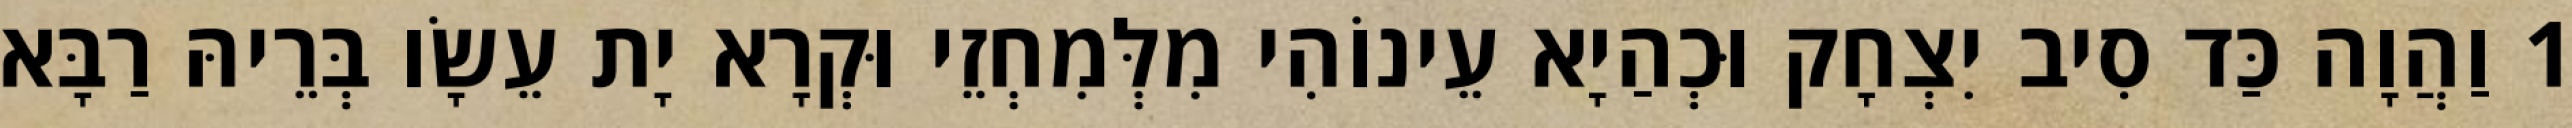
1 וַהֲוָה כַּד סִיב יִצְחָק וּכְהַיָא עֵינוֹהִי מִלְּמִחְזֵי וּקְרָא יָת עֵשָׂו בְּרֵיהּ רַבָּא